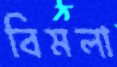
বিমলা